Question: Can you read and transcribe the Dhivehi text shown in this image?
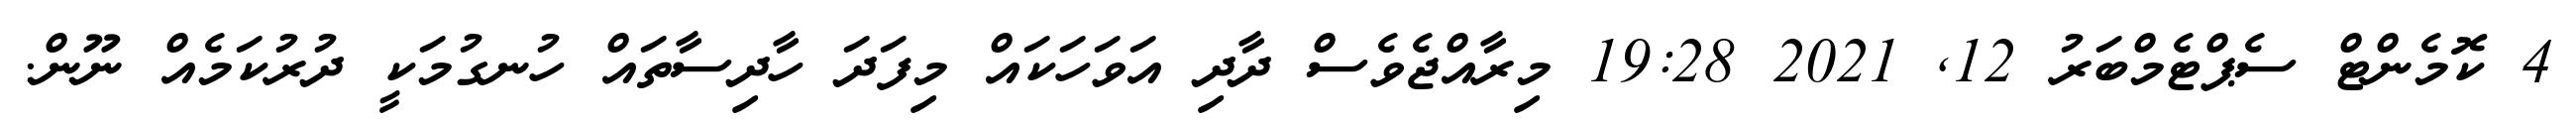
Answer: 4 ކޮމެންޓް ސެޕްޓެމްބަރު 12, 2021 19:28 މިރާއްޖެވެސް ދާދި އަވަހަކައް މިފަދަ ހާދިސާތައް ހުނގުމަކީ ދުރުކަމެއް ނޫން.